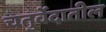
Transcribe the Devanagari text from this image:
चतुर्वेदातील